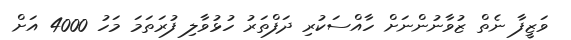
ވަޒީފާ ނެތް ޒުވާނުންނަށް ހާއްސަކުރި ދަފްތަރު ހުޅުވާލި ފުރަތަމަ މަހު 4000 އަށް